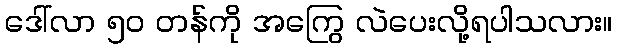
ဒေါ်လာ ၅၀ တန်ကို အကြွေ လဲပေးလို့ရပါသလား။